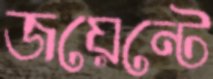
জয়েন্টে